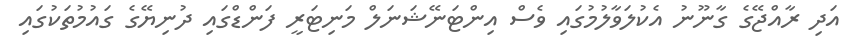
އަދި ރާއްޖޭގެ ގާނޫނު އެކުލަވާލުމުގައި ވެސް އިންޓަނޭޝަނަލް މަނިޓަރީ ފަންޑްގައި ދުނިޔޭގެ ގައުމުތަކުގައި